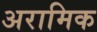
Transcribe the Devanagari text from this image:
अरामिक